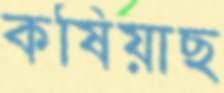
কষিয়াছ